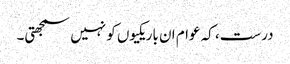
درست، کہ عوام ان باریکیوں کو نہیں سمجھتی۔